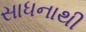
સાધનાથી